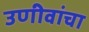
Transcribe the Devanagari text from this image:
उणीवांचा